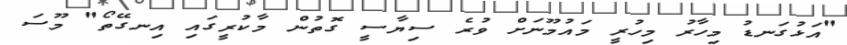
"އަޅުގަނޑު މިހާރު މިހުރީ މައުމޫނަށް ވުރެ ސިޔާސީ ގޮތުން މާކުރީގައި އިނގޭތޯ" މޫސަ